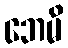
ဘေမိ